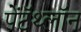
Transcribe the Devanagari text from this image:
पेंटॅथ्लॉन